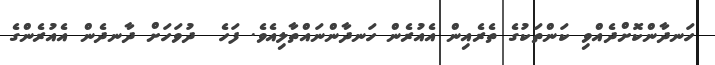
ހަނދާންކޮށްދެއްވި ކަންތަކުގެ ތެރެއިން އެއުރެން ހަނދާންނައްތާލިއެވެ. ފަހެ  ދުވަހަށް ދާނދެން އެއުރެންގެ